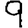
Digit: 9